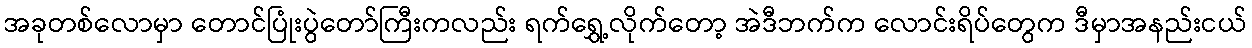
အခုတစ်လောမှာ တောင်ပြုံးပွဲတော်ကြီးကလည်း ရက်ရွှေ့လိုက်တော့ အဲဒီဘက်က လောင်းရိပ်တွေက ဒီမှာအနည်းငယ်